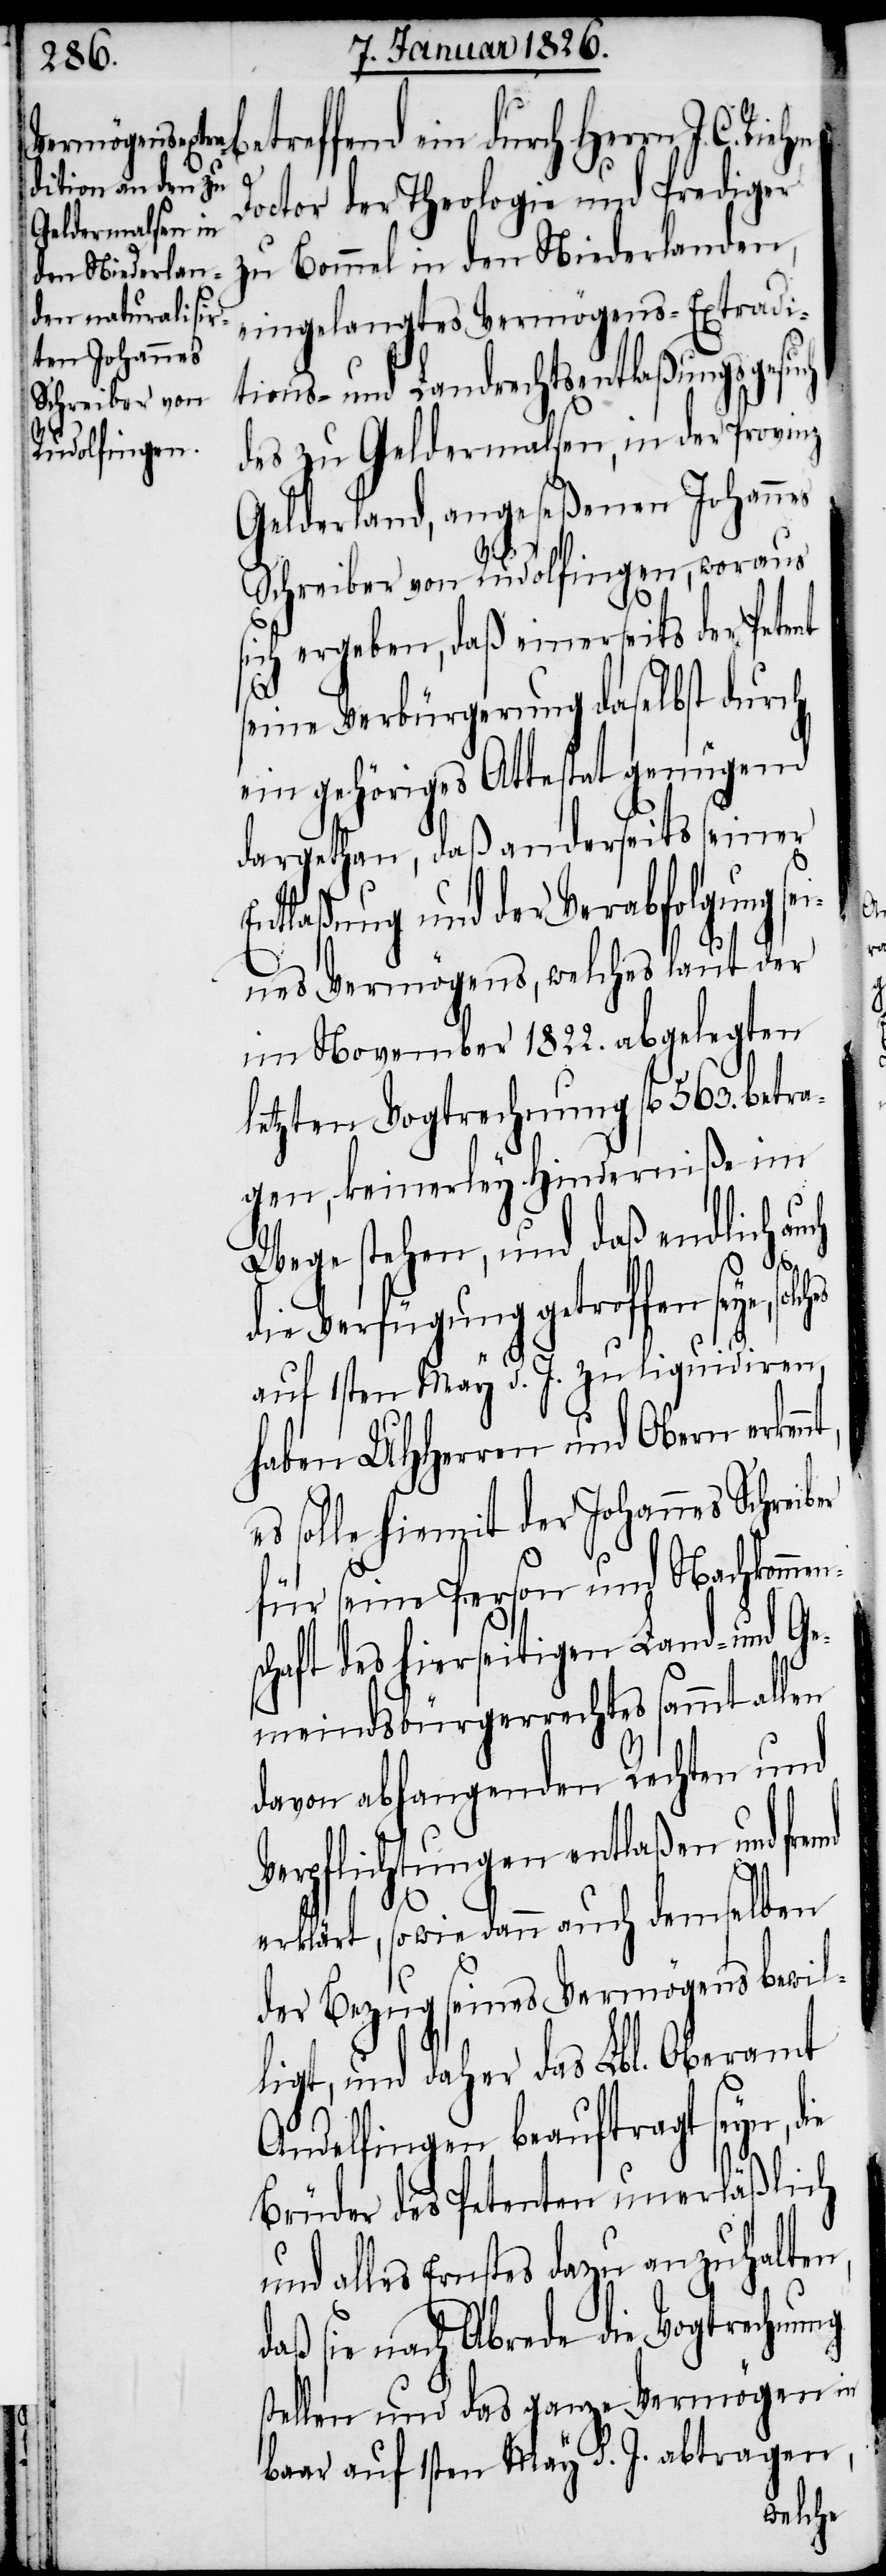
betreffend ein durch Herrn J. C.
md
Doctor der Theologie und Prediger
zu Bommel in den Niederlanden,
eingelangtes Vermögens-Extradi¬
tions- und Landrechtsentlaßungsgesuch
des zu Geldermalsen, in der Provinz
Gelderland, angeseßenen Johannes
Schreiber von Rudolfingen, woraus
sich ergeben, daß einerseits der Petent
seine Verbürgerung daselbst durch
ein gehöriges Attestat genügend
dargethan, daß anderseits seiner
ntlaßung und der Verabfolgung se¬
ines Vermögens, welches laut der
im November 1822. abgelegten
letzten Vogtrechnung fl. 563. betra¬
gen, keinerley Hinderniße im
Wege stehen, und daß endlich
die Verfügung getroffen seye,
auf 1sten May d. J. zu liquidiren,
haben UHHerren und Obern erken¬
solle hiermit der Johannes Schreib¬
für seine Person und Nachkomme¬
chaft des hierseitigen Land- und Ge¬
meindsbürgerrechtes sammt allen
davon abhangenden Rechten und
Verpflichtungen entlaßen und fre¬
erklärt, sowie dann auch demselben
der Bezug seines Vermögens bewil¬
ligt, und daher das Lbl. Oberamt
Andelfingen beauftragt seyn, die
Brüder des Petenten unerläßlich
alles Ernstes dazu anzuhalten,
daß sie nach Abrede die Vogtrechnung
stellen und das ganze Vermögen in
baar auf 1sten May d. J. abtragen,